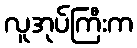
လူအုပ်ကြီးက